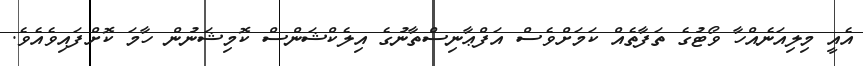
އެއީ މިލިއަނެއްހާ ވޯޓުގެ ތަފާތެއް ކަމަށްވެސް އަފްޢާނިސްތާނުގެ އިލެކްޝަންސް ކޮމިޝަނުން ހާމަ ކޮށްފައިވެއެވެ.